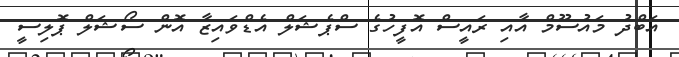
އަބްދު މައުސޫމް އާއި ރައީސް އޮފީހުގެ ސްޕެޝަލް އެޑްވައިޒާ އޮން ސޯޝަލް ޕޮލިސީ